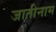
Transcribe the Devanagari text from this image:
जातीनाम